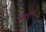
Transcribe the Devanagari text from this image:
ममीरी